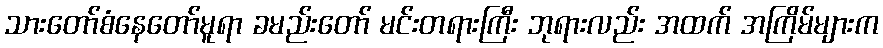
သားတော်စံနေတော်မူရာ ခမည်းတော် မင်းတရားကြီး ဘုရားလည်း အထက် အကြိမ်များက